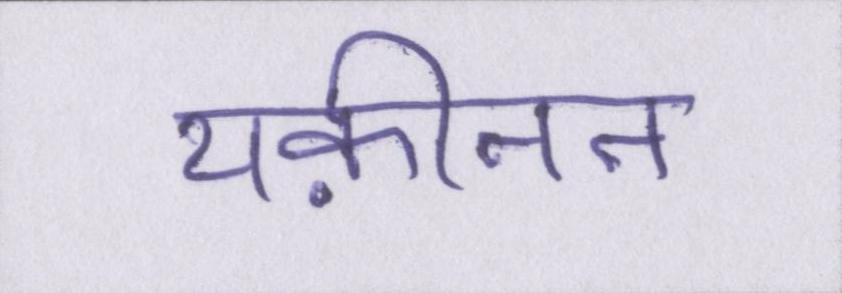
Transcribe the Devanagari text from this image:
यक़ीनन